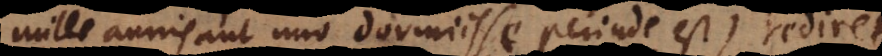
mille annis aut uno dormiisse perinde est) rediret